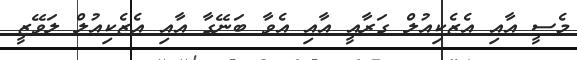
މެސީ އާއި އެޒެކިއުލް ގަރާއީ އާއި އެވާ ބަނޭގާ އާއި އެޒެކިއުލް ލަވޭޒީ